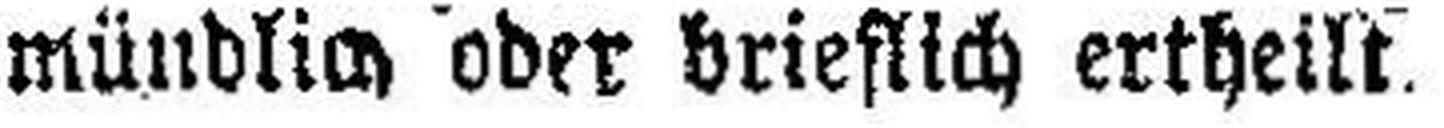
mündlich oder brieflich ertheilt.